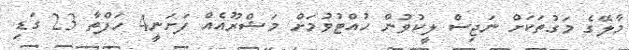
މާލޭގެ މަގުތަކަށް ނަޖިސް ލީކުވުން ހުއްޓުވުމަށް މަޝްރޫއެއް ފަށަނީ4 ހަފްތާ 23 ގަޑި